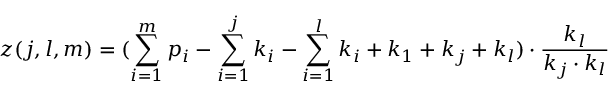
z ( j , l , m ) = ( \sum _ { i = 1 } ^ { m } p _ { i } - \sum _ { i = 1 } ^ { j } k _ { i } - \sum _ { i = 1 } ^ { l } k _ { i } + k _ { 1 } + k _ { j } + k _ { l } ) \cdot \frac { k _ { l } } { k _ { j } \cdot k _ { l } }